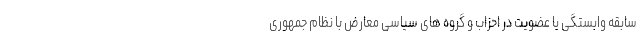
سابقه وابستگی یا عضویت در احزاب و گروه های سیاسی معارض با نظام جمهوری